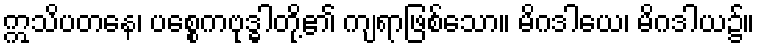
ဣသိပတနေ၊ ပစ္စေကဗုဒ္ဓါတို့၏ ကျရာဖြစ်သော။ မိဂဒါယေ၊ မိဂဒါယ၌။